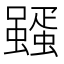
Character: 𮕊